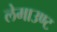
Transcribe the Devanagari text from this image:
लेमाउण्ट